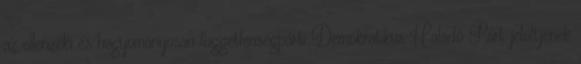
az ellenzéki és hagyományosan függetlenségpárti Demokratikus Haladó Párt jelöltjének